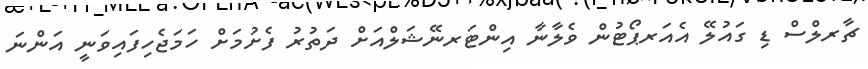
ޗާރލްސް ޑި ގައުލޭ އެއަރޕޯޓުން ވެލާނާ އިންޓަރނޭޝަލްއަށް ދަތުރު ފެށުމަށް ހަމަޖެހިފައިވަނީ އަންނަ